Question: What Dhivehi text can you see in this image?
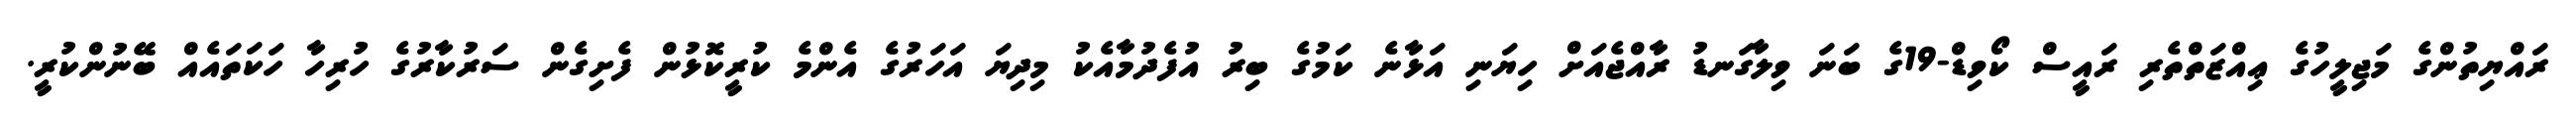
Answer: ރައްޔިތުންގެ މަޖިލީހުގެ ޢިއްޒަތްތެރި ރައީސް ކޯވިޑް-19ގެ ބަނަ ވިލާގަނޑު ރާއްޖެއަށް ހިޔަނި އަޅާނެ ކަމުގެ ބިރު އުފެދުމާއެކު މިދިޔަ އަހަރުގެ އެންމެ ކުރީކޮޅުން ފެށިގެން ސަރުކާރުގެ ހުރިހާ ހަކަތައެއް ބޭނުންކުރީ.